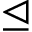
\trianglelefteq